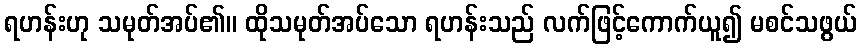
ရဟန်းဟု သမုတ်အပ်၏။ ထိုသမုတ်အပ်သော ရဟန်းသည် လက်ဖြင့်ကောက်ယူ၍ မစင်သဖွယ်